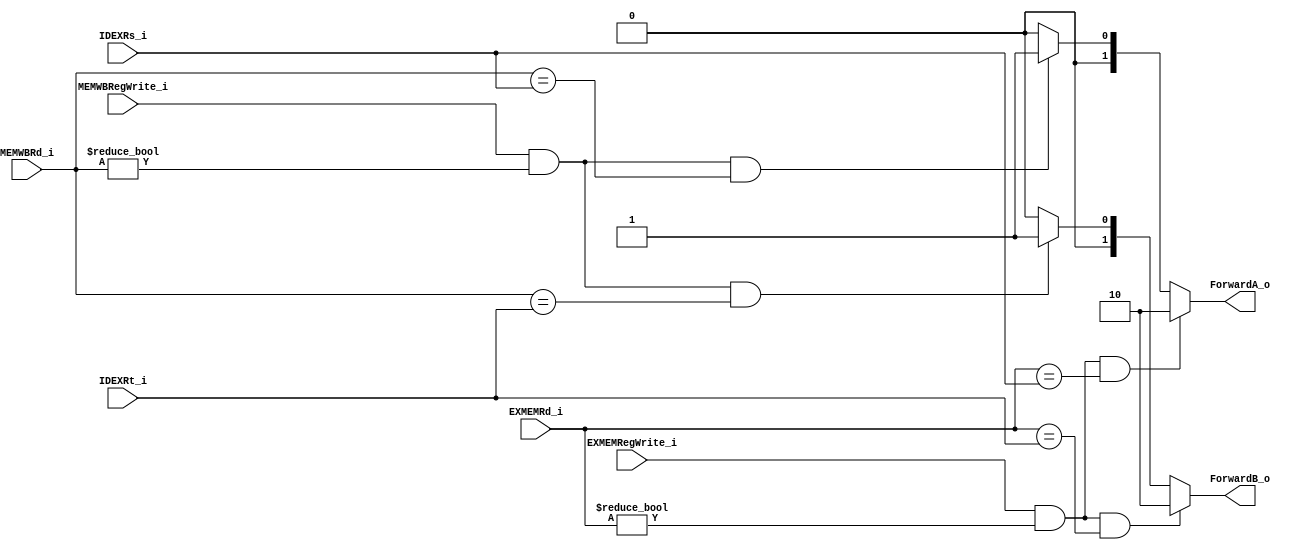
module Forwarding_Unit (
    EXMEMRegWrite_i,
    MEMWBRegWrite_i,
    IDEXRs_i,
    IDEXRt_i,
    EXMEMRd_i,
    MEMWBRd_i,
    ForwardA_o,
    ForwardB_o
);

input EXMEMRegWrite_i, MEMWBRegWrite_i;
input [4:0] IDEXRs_i, IDEXRt_i;
input [4:0] EXMEMRd_i, MEMWBRd_i;
output [1:0] ForwardA_o, ForwardB_o; //ALU Operand first and second

reg [1:0] ForwardA_o, ForwardB_o; //ALU Operand first and second
always @(*) begin
    if (EXMEMRegWrite_i && EXMEMRd_i != 0 && EXMEMRd_i == IDEXRs_i)
        ForwardA_o <= 2'b10;
    else if (MEMWBRegWrite_i && MEMWBRd_i != 0 && MEMWBRd_i == IDEXRs_i)
        ForwardA_o <= 2'b01;
    else
        ForwardA_o <= 2'b0;

    if (EXMEMRegWrite_i && EXMEMRd_i != 0 && EXMEMRd_i == IDEXRt_i)
        ForwardB_o <= 2'b10;
    else if (MEMWBRegWrite_i && MEMWBRd_i != 0 && MEMWBRd_i == IDEXRt_i)
        ForwardB_o <= 2'b01;
    else
        ForwardB_o <= 2'b0;
end

endmodule